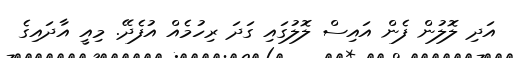
އަދި ލޮލުން ފެން އައިސް ލޮލުގައި ގަދަ ރިހުމެއް އުފެދޭ. މިއީ އާދައިގެ